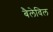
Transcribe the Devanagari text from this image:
बैलेविल